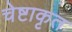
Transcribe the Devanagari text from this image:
चेष्टाकृत